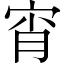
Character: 宵